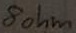
Text: 8ohm